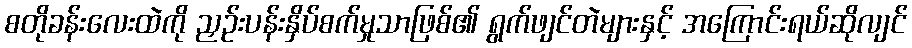
စတိုခန်းလေးထဲကို ညှဉ်းပန်းနှိပ်စက်မှုသာဖြစ်၏ ရွက်ဖျင်တဲများနှင့် အကြောင်းရယ်ဆိုလျင်